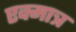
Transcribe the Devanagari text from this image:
एक्मात्र